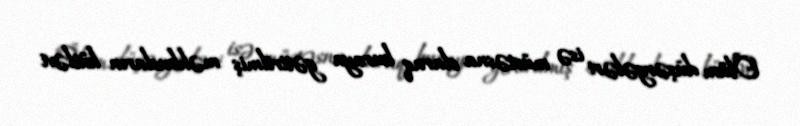
Ölüm düşərgələri isə müstəsna olaraq buraya gətirilmiş məhbusların kütləvi